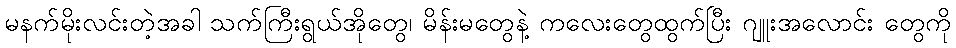
မနက်မိုးလင်းတဲ့အခါ သက်ကြီးရွယ်အိုတွေ၊ မိန်းမတွေနဲ့ ကလေးတွေထွက်ပြီး ဂျူးအလောင်း တွေကို